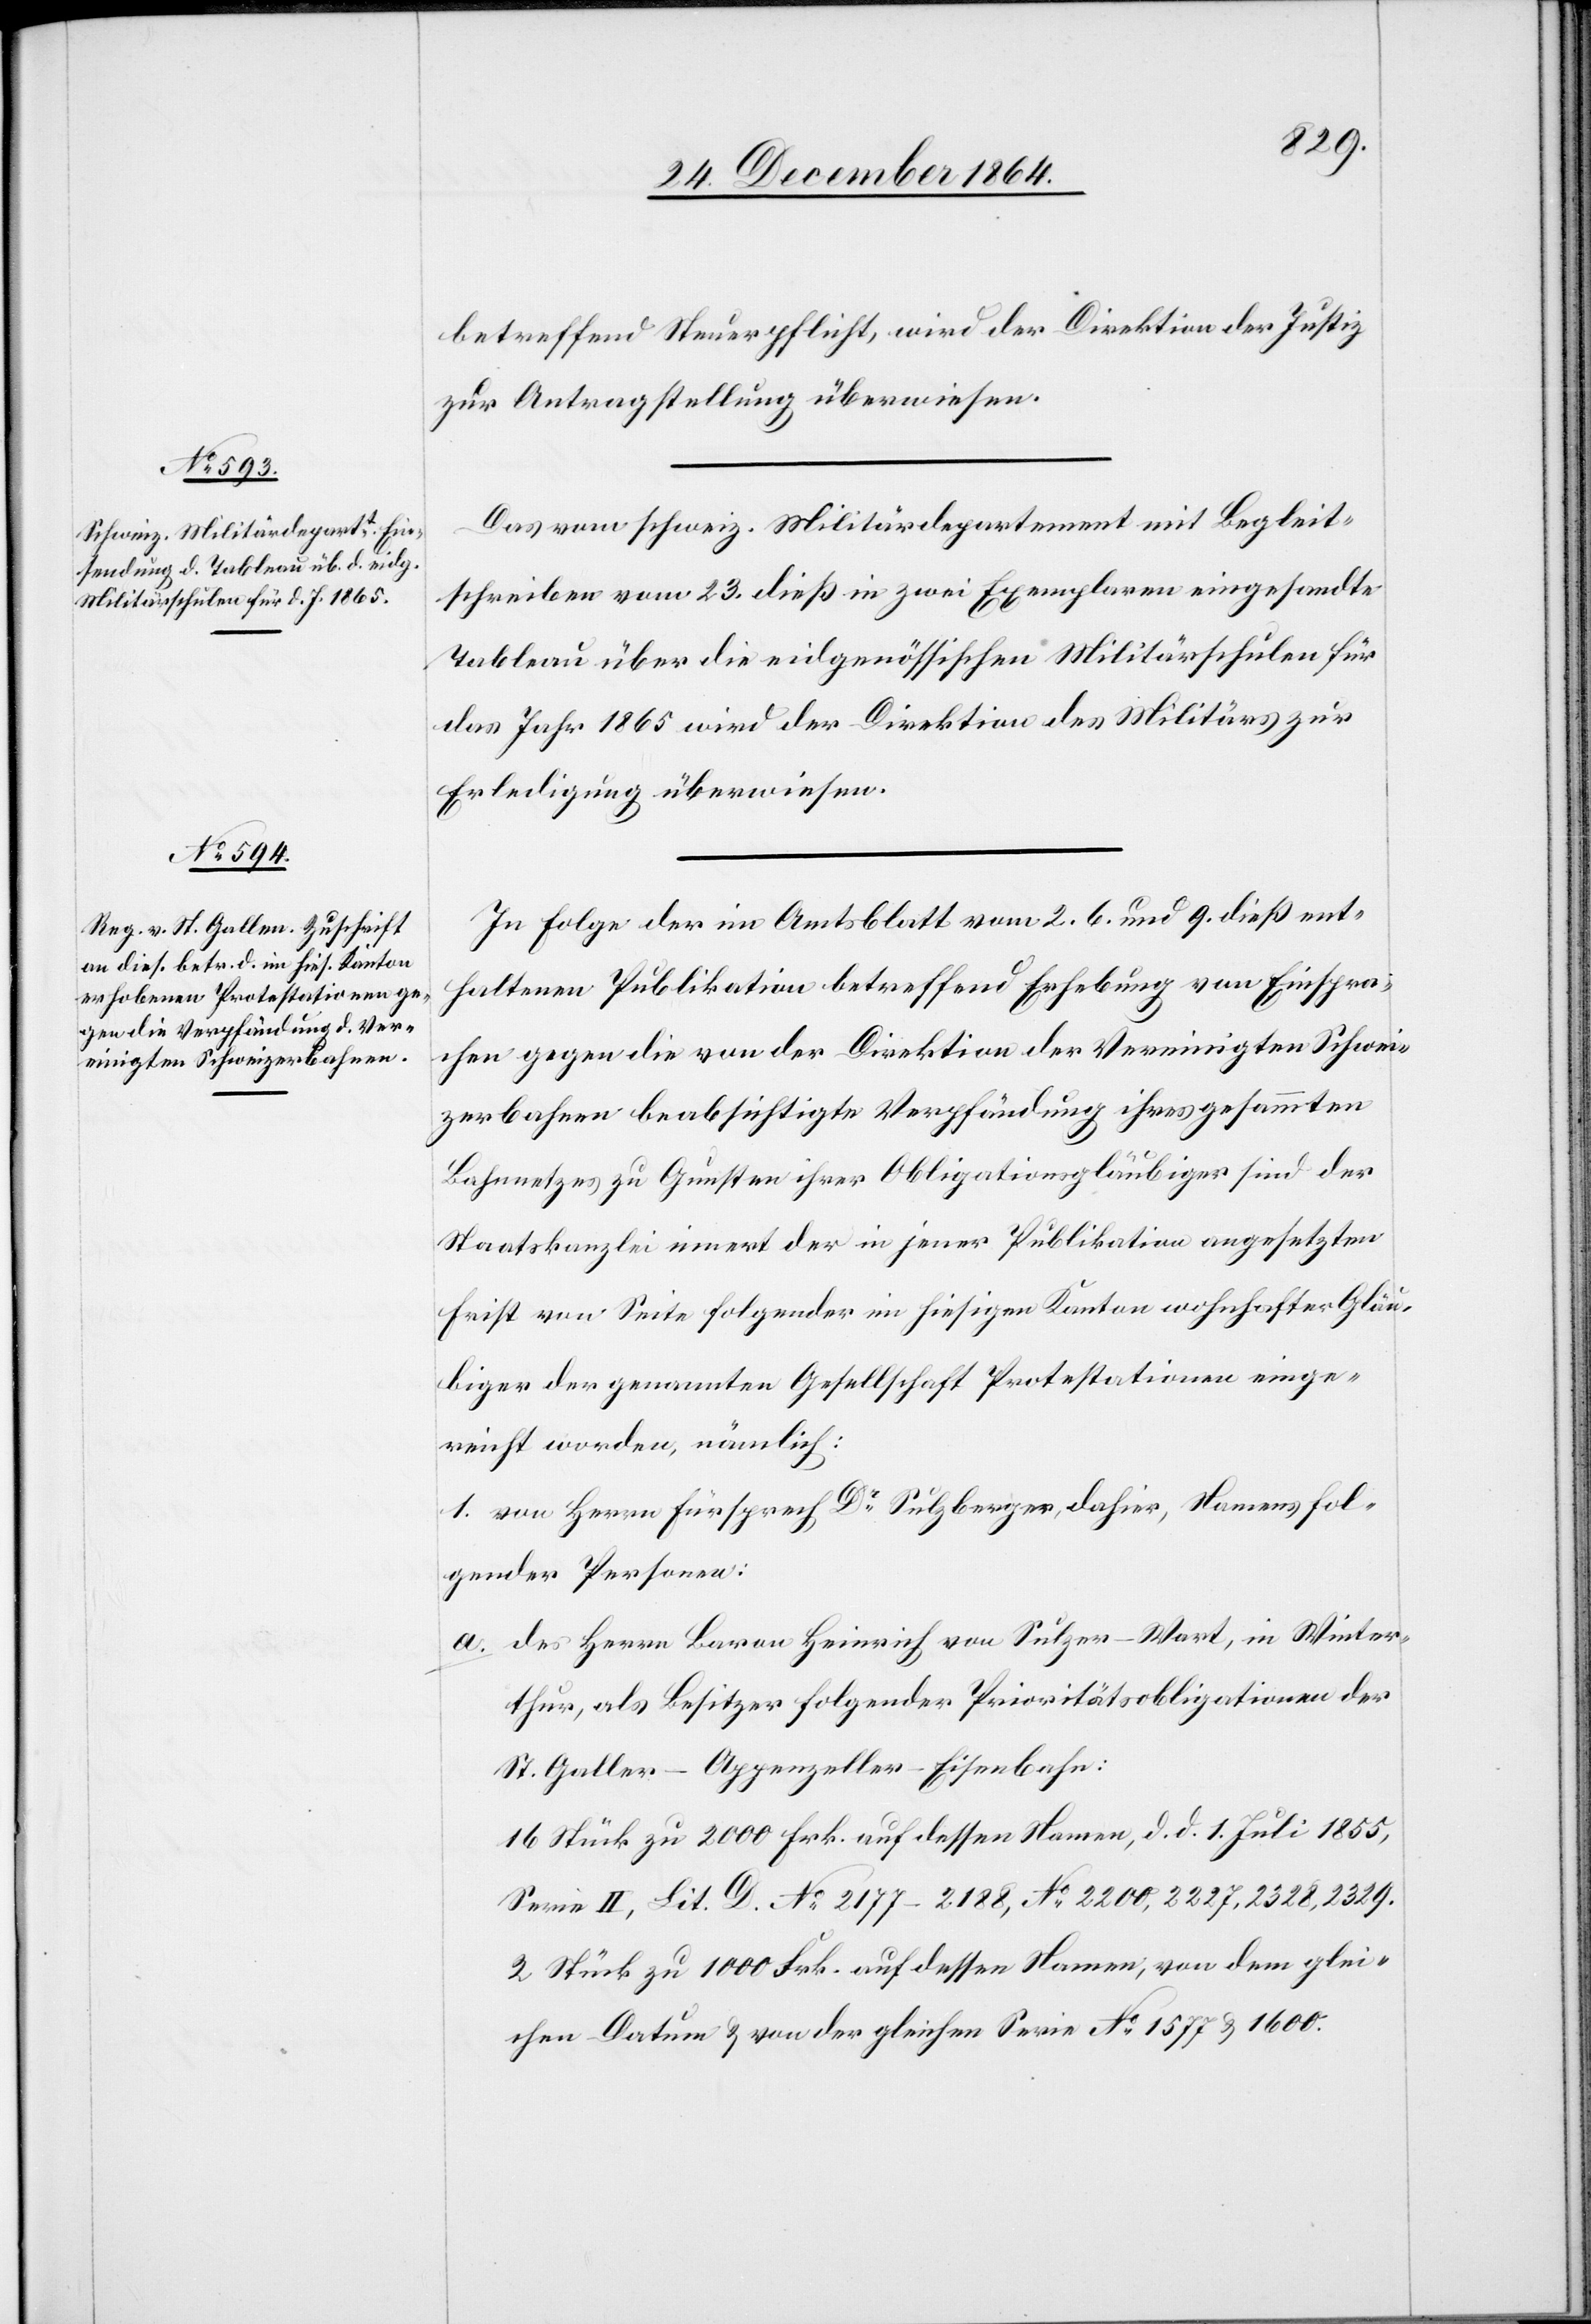
26. December 1864.]
betreffend Steuerpflicht, wird der Direktion der Justiz
zur Antragstellung überwiesen.
Das vom schweiz. Militärdepartement mit Begleit¬
schreiben vom 23. dieß in zwei Exemplaren eingesandte
Tableau über die eidgenössischen Militärschulen für
das Jahr 1865 wird der Direktion des Militärs zur
Erledigung überwiesen.
In Folge der im Amtsblatt vom 2. 6. und 9. dieß ent¬
haltenen Publikation betreffend Erhebung von Einspra¬
chen gegen die von der Direktion der Vereinigten Schwei¬
zerbahnen beabsichtigte Verpfändung ihres gesammten
Bahnnetzes zu Gunsten ihrer Obligationsgläubiger sind der
Staatskanzlei innert der in jener Publikation angesetzten
Frist von Seite folgender im hiesigen Kanton wohnhaften Gläu¬
biger der genannten Gesellschaft Protestationen einge¬
reicht worden, nämlich:
1. von Herrn Fürsprech Dr Sulzberger, dahier, Namens fol¬
gender Personen:
a. des Herrn Baron Heinrich von Sulzer-Wart, in Winter¬
thur, als Besitzer folgender Prioritätsobligationen der
St. Galler-Appenzeller-Eisenbahn:
16 Stück zu 2000 Frk. auf dessen Namen, d. d. 1. Juli 1855,
Serie II, Lit. D. No 2177–2188, No 2200, 2227, 2328, 2329.
2 Stück zu 1000 Frk. auf dessen Namen, von dem glei¬
chen Datum & von der gleichen Serie No 1577 & 1600.